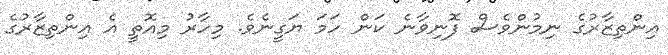
އިންތިޒާރުގެ ނިމުންވެސް ފޮނިވާނެ ކަން ހަމަ ޔަގީނެވެ. މިހާރު މިއޮތީ އެ އިންތިޒާރުގެ